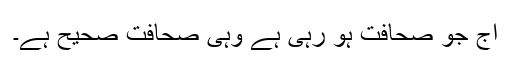
آج جو صحافت ہو رہی ہے وہی صحافت صحیح ہے۔